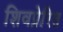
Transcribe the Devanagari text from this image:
शिवप्रेरित